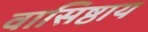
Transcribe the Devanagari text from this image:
वासिष्ठाय